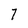
Character: 7